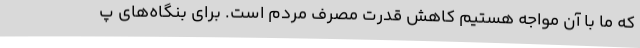
که ما با آن مواجه هستیم کاهش قدرت مصرف مردم است. برای بنگاه‌های پ